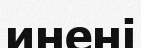
инені